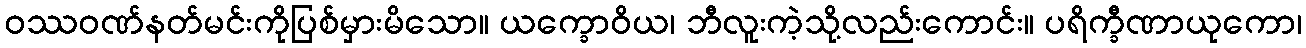
ဝဿဝဏ်နတ်မင်းကိုပြစ်မှားမိသော။ ယက္ခောဝိယ၊ ဘီလူးကဲ့သို့လည်းကောင်း။ ပရိက္ခီဏာယုကော၊